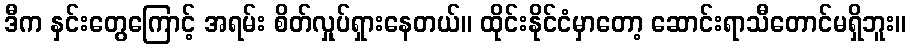
ဒီက နှင်းတွေကြောင့် အရမ်း စိတ်လှုပ်ရှားနေတယ်။ ထိုင်းနိုင်ငံမှာတော့ ဆောင်းရာသီတောင်မရှိဘူး။